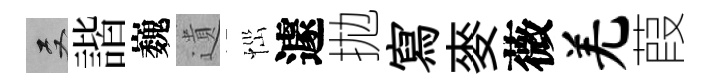
双諧巍遺𢙉遽拋寫麥薇羌葭